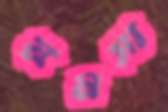
মনসা